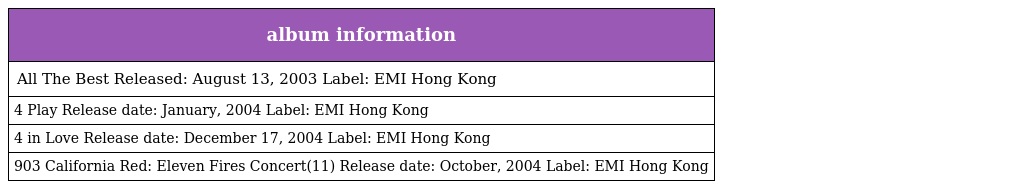
| album information |
 | --- |
 | All The Best Released: August 13, 2003 Label: EMI Hong Kong |
 | 4 Play Release date: January, 2004 Label: EMI Hong Kong |
 | 4 in Love Release date: December 17, 2004 Label: EMI Hong Kong |
 | 903 California Red: Eleven Fires Concert(11團火音樂會) Release date: October, 2004 Label: EMI Hong Kong |